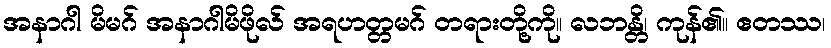
အနာဂါ မိမဂ် အနာဂါမိဖိုလ် အရဟတ္တမဂ် တရားတို့ကို။ လဘန္တိ၊ ကုန်၏။ ဧတဿ၊